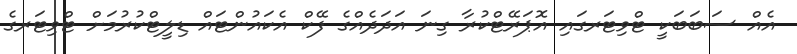
އެއް ސަބަބަކީ ޓްވިޓަރގައި އޮޕަރޭޓްކުރާ ގިނަ އަދަދެއްގެ ފޭކް އެކައުންޓައް ޑިލީޓްކުރުމަށް ޓްވިޓަރގެ